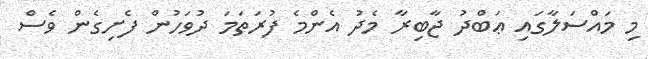
މި މައްސަލާގައި ޢަބްދު ޖާބިރާ މެދު އެންމެ ފުރަތަމަ ދުވަހުން ފެށިގެން ވެސް